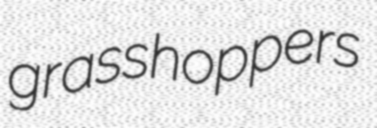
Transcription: grasshoppers